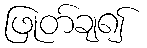
ဖြုတ်ချ၍